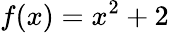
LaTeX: f(x)=x^{2}+2